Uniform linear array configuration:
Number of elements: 16
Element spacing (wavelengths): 0.75
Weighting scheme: hamming
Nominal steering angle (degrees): -45
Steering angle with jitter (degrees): -45.71
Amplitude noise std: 0.05
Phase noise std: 0.05

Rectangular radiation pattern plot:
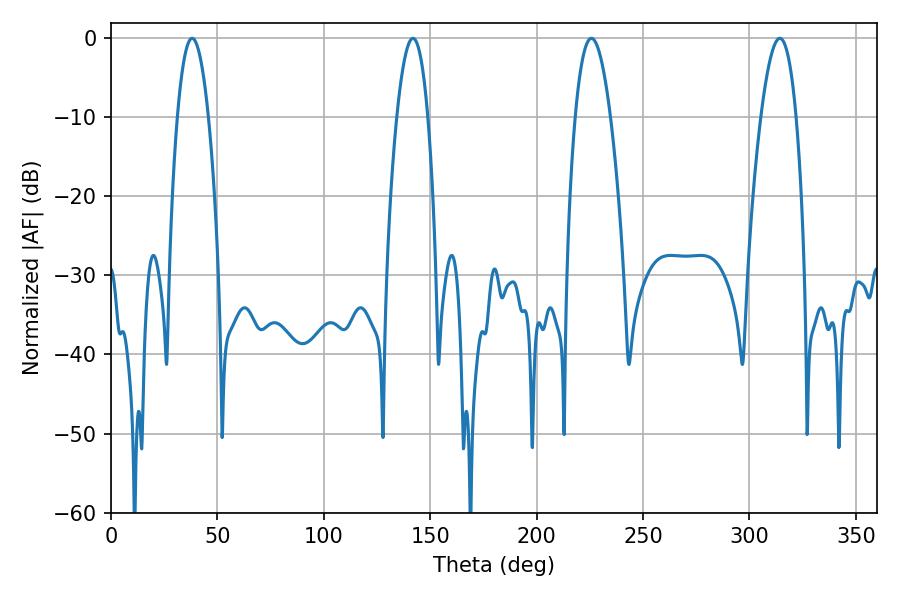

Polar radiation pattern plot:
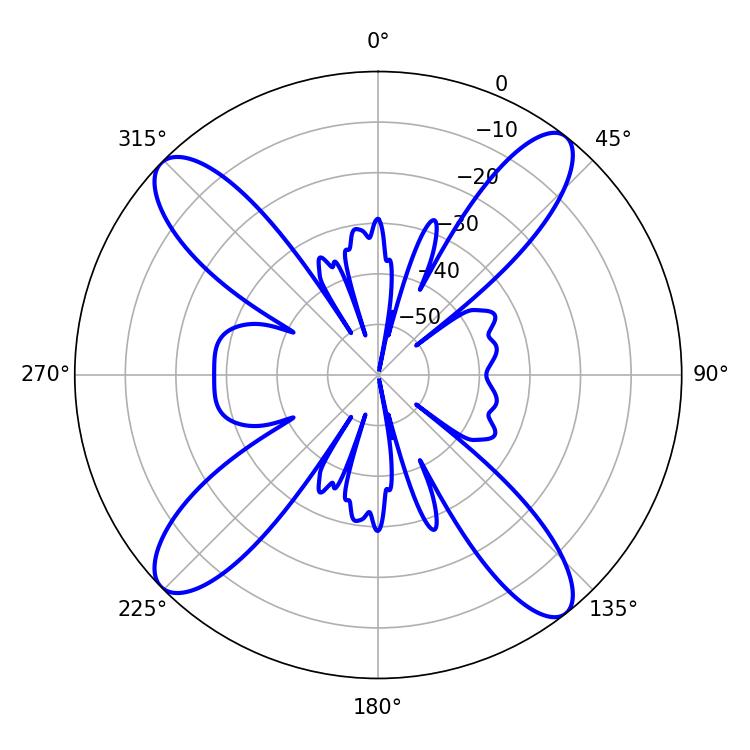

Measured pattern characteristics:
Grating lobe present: TRUE
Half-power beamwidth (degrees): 9
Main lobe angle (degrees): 225.72